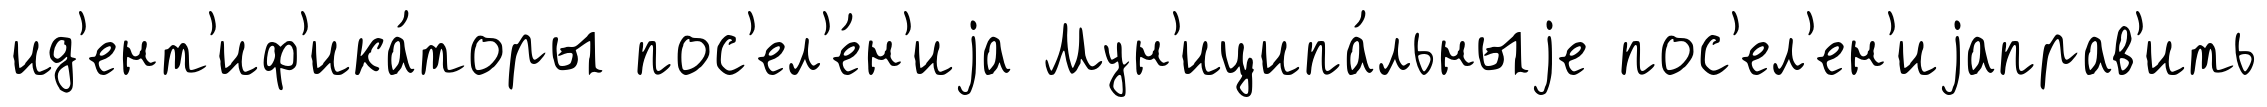
ид'ент'иф'ика́торы пос'ел'е́н'иjа Мун'иципа́льныjе пос'ел'ен'иjаправ'ить